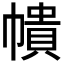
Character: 𭘵